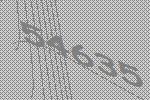
54635